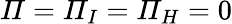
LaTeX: \mathit{\Pi}=\mathit{\Pi}_{I}=\mathit{\Pi}_{H}=0